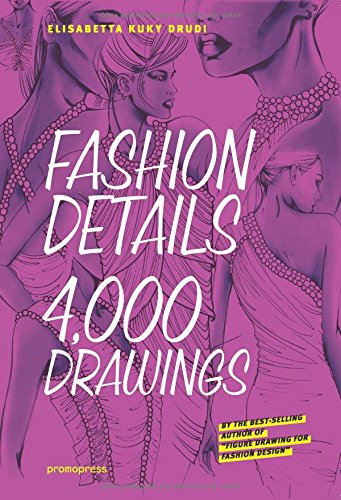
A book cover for Fashion Details: 4000 Drawings; Elisabetta Drudi; Travel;